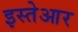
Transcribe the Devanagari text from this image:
इस्तेआर